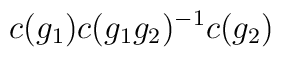
c(g_1) c(g_1 g_2)^{-1} c(g_2)